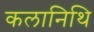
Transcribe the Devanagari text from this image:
कलानिथि